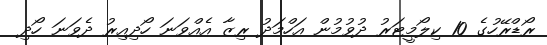
ރޯޑްރޭހުގެ 10 ކިލޯމީޓަރު ދުވުމުން އަހްމަދު ރިޒާ އެއްވަނަ ހޯދިއިރު ދެވަނަ ހޯދި